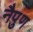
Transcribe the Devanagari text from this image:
नैपुण